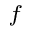
^ f